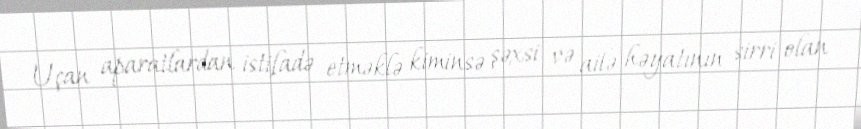
Uçan aparatlardan istifadə etməklə kiminsə şəxsi və ailə həyatının sirri olan